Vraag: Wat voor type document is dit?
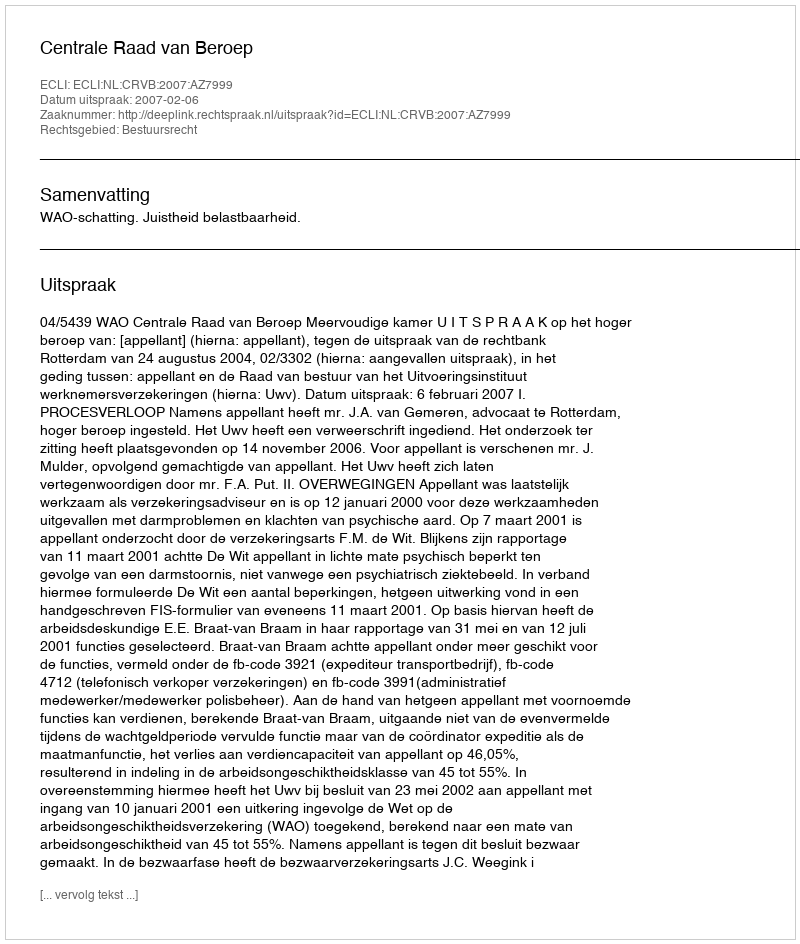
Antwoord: Uitspraak